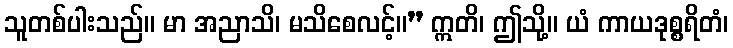
သူတစ်ပါးသည်။ မာ အညာသိ၊ မသိစေလင့်။” ဣတိ၊ ဤသို့။ ယံ ကာယဒုစ္စရိတံ၊